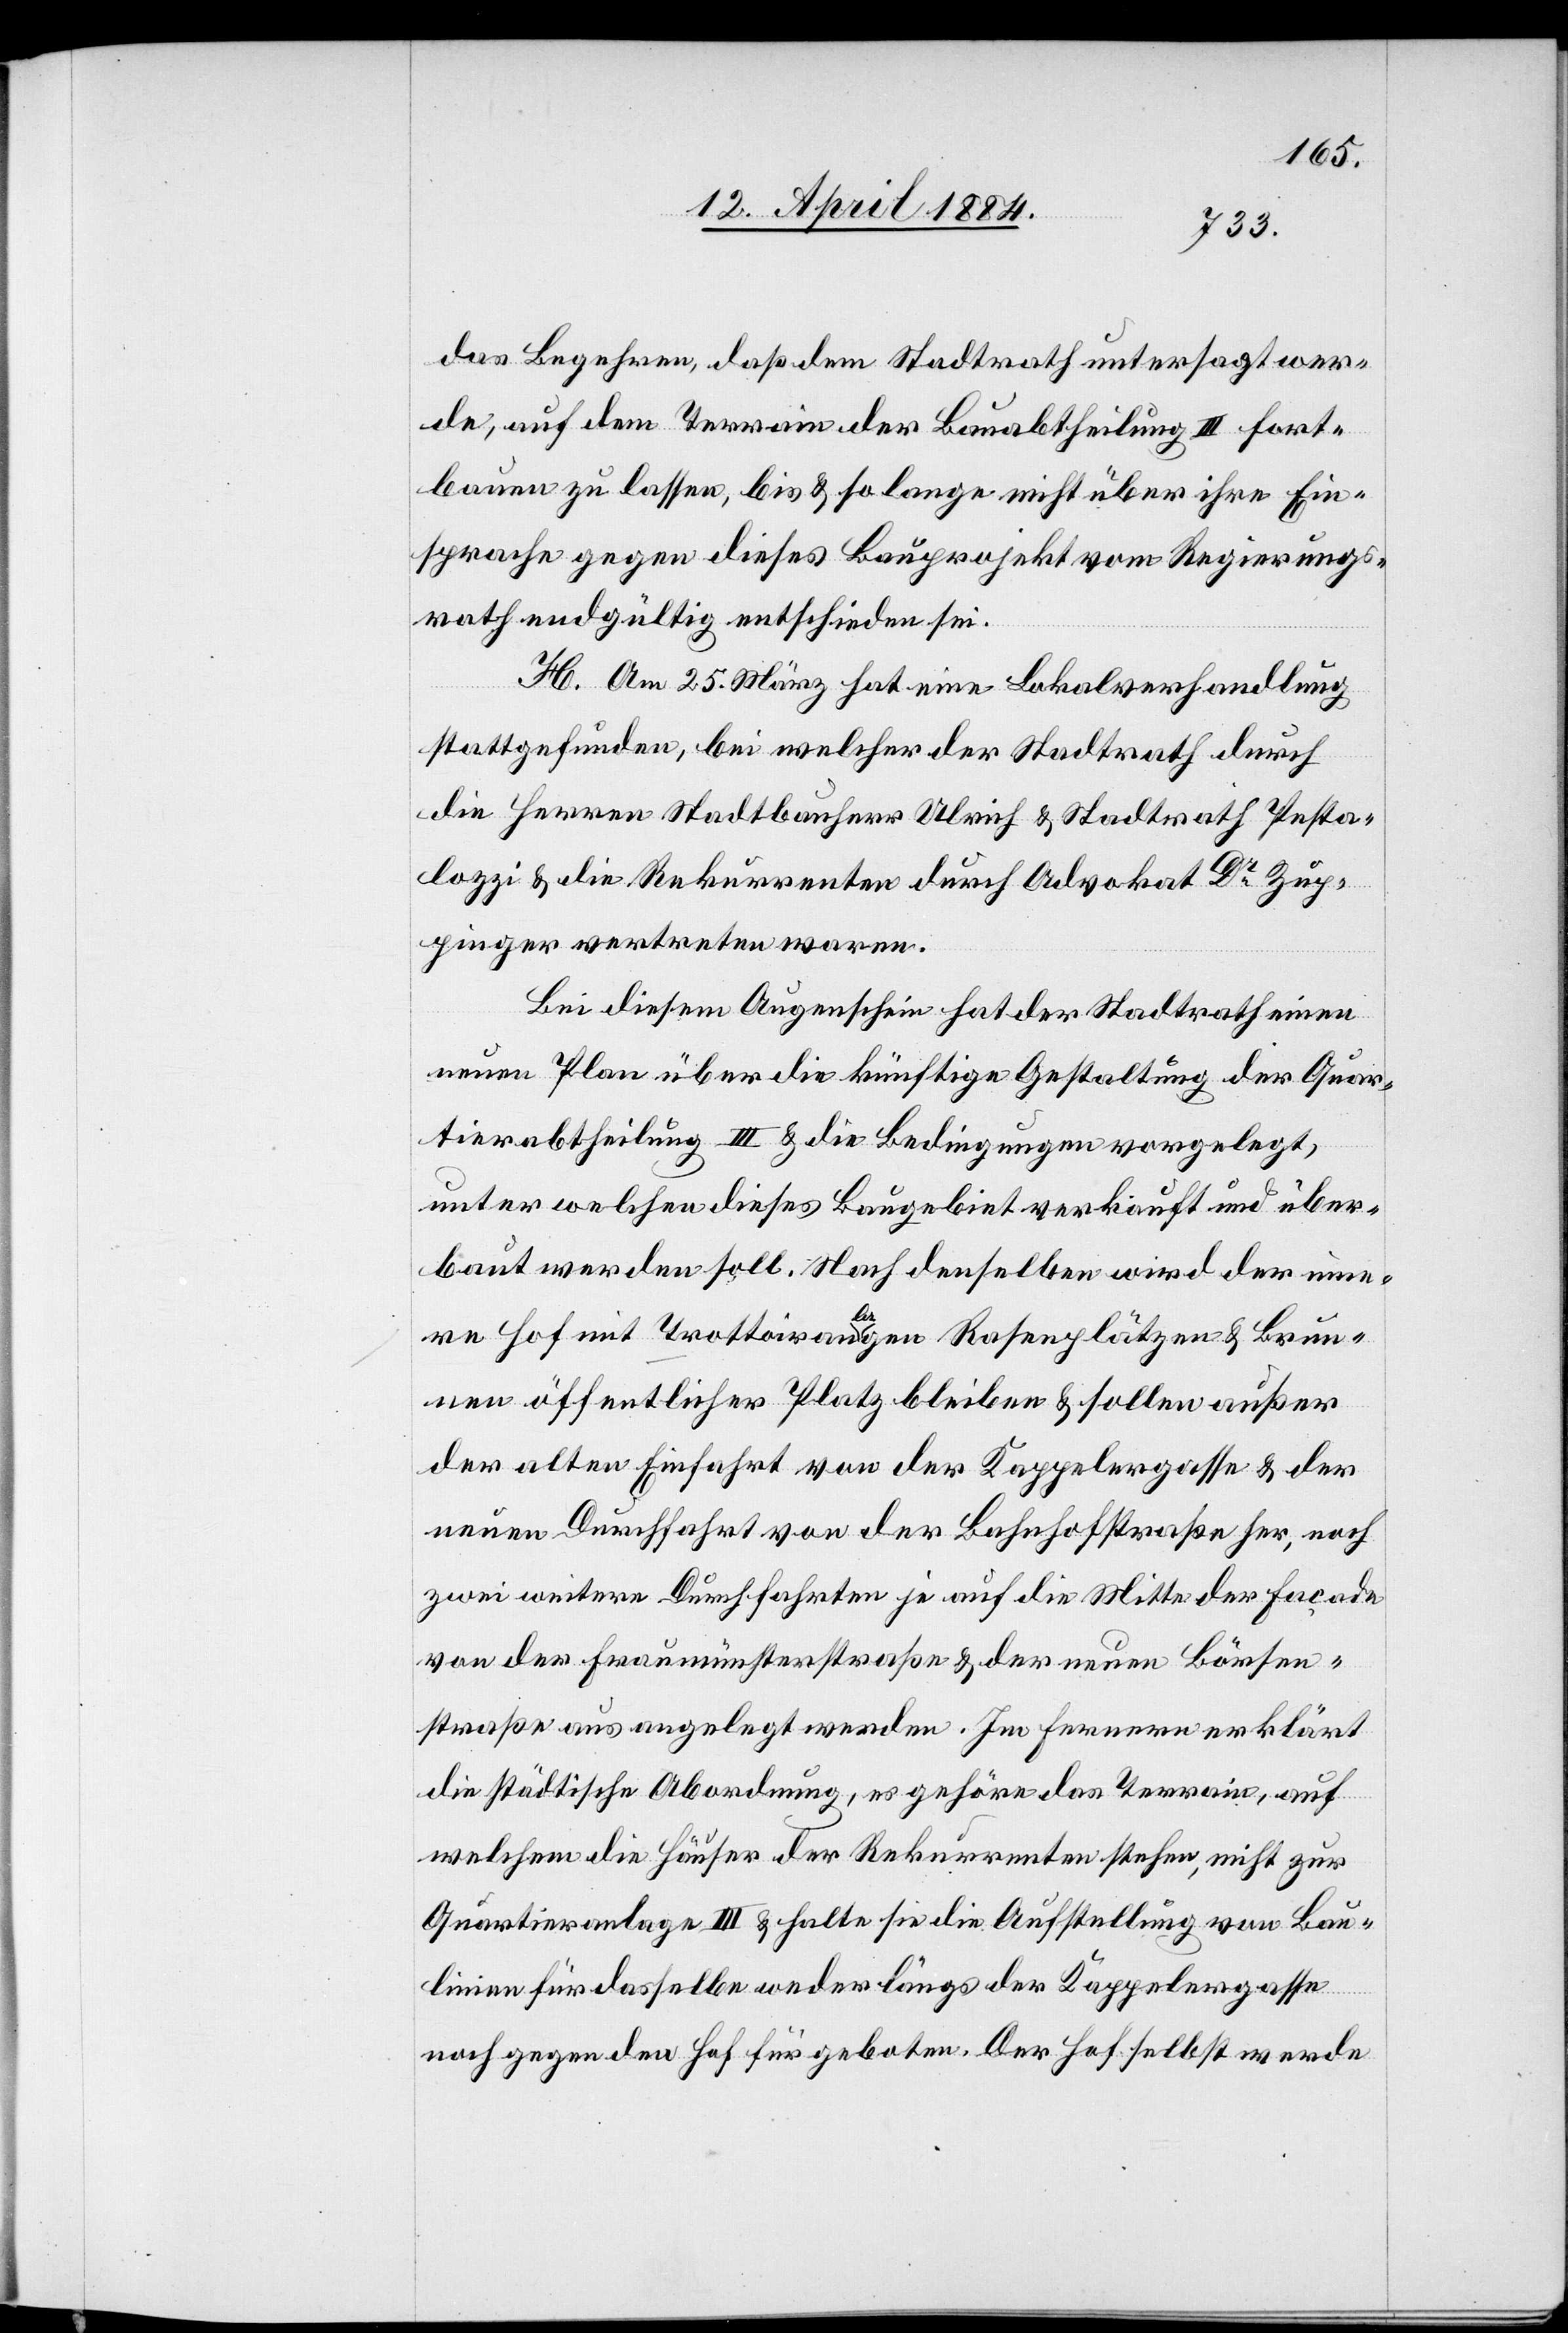
das Begehren, daß dem Stadtrath untersagt wer¬
de, auf dem Terrain der Bauabtheilung III fort¬
bauen zu lassen, bis & so lange nicht über ihre Ein¬
sprache gegen dieses Bauprojekt vom Regierungs¬
rath endgültig entschieden sei.
H. Am 25. März hat eine Lokalverhandlung
stattgefunden, bei welcher der Stadtrath durch
die Herren Stadtbauherr Ulrich & Stadtrath Pesta¬
lozzi & die Rekurrenten durch Advokat Dr Zup¬
pinger vertreten waren.
Bei diesem Augenschein hat der Stadtrath einen
neuen Plan über die künftige Gestaltung der Quar¬
tierabtheilung III & die Bedingungen vorgelegt,
unter welchen dieses Baugebiet verkauft und über¬
baut werden soll. Nach denselben wird der neue¬
re Hof mit Trottoiranlagen[,] Rasenplätzen & Brun¬
nen öffentlicher Platz bleiben & sollen außer
der alten Einfahrt von der Kappelergasse her,
zwei weitere Durchfahrten je auf die Mitte der Façade
von der Fraumünsterstraße & der neuen Börsen¬
straße aus angelegt werden. Im Fernern erklärt
die städtische Abordnung, es gehöre das Terrain, auf
welchem die Häuser der Rekurrenten stehen nicht zur
Quartieranlage III & halte sie die Aufstellung von Bau¬
linien für dasselbe weder längs der Kappelergasse
noch
noch gegen den Hof für geboten. Der Hof selbst werde